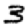
Digit: 3